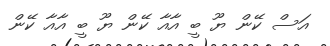
އަސް ކޭން ޔޫ ބީ އާއާ ކޭން ޔޫ ބީ އާއާ ކޭން